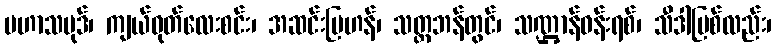
မဟာသမုဒ်၊ ကျယ်ဝုတ်လေးစင်း၊ အဆင်းမြဟန်၊ သတ္တဘန်တွင်၊ သဏ္ဌာန်ဝန်းရစ်၊ သီဒါမြစ်လည်း၊